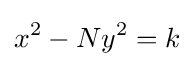
x^{2}-Ny^{2}=k